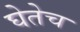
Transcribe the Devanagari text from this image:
घेतेच